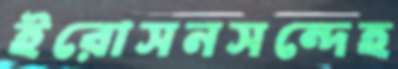
ইরোসনসন্দেহ